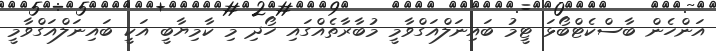
އަންހެން ބާސްކެޓްބޯޅަ ޓީމު ބައިނަލްއަގްވާމީ މުބާރާތެއްގައި ހޯދި މި ކާމިޔާބީ އަކީ ބައިނަލްއަގްވާމީ